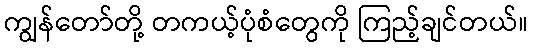
ကျွန်တော်တို့ တကယ့်ပုံစံတွေကို ကြည့်ချင်တယ်။